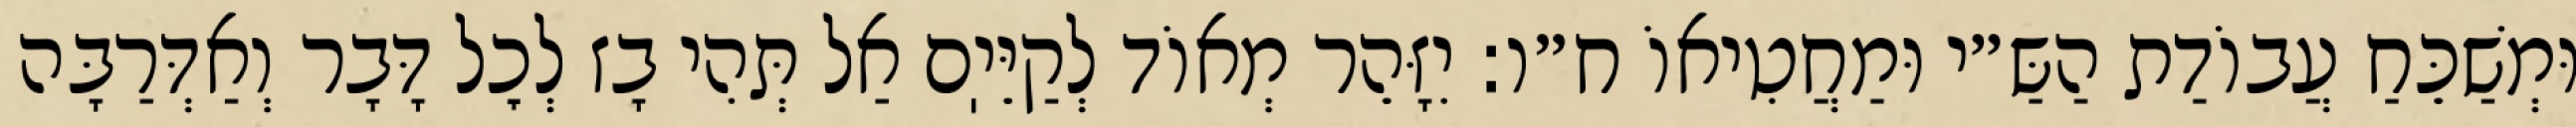
וּמְשַׁכֵּחַ עֲבוֹדַת הַשַּ״י וּמַחֲטִיאוֹ ח״ו: יִזָּהֵר מְאוֹד לְקַיֵּיֽם אַל תְּהִי בָז לְכׇל דָּבָר וְאַדְּרַבָּה